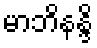
မာဘိနန္ဒိ